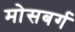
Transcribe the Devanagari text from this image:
मोसबर्ग